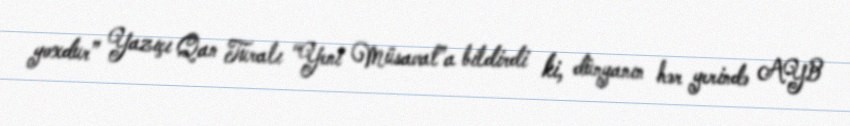
yoxdur” Yazıçı Qan Turalı “Yeni Müsavat”a bildirdi ki, dünyanın hər yerində AYB